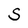
Character: S